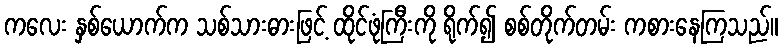
ကလေး နှစ်ယောက်က သစ်သားဓားဖြင့် ထိုင်ဖုံကြီးကို ရိုက်၍ စစ်တိုက်တမ်း ကစားနေကြသည်။